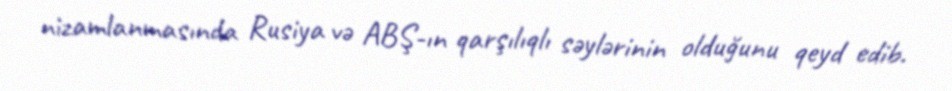
nizamlanmasında Rusiya və ABŞ-ın qarşılıqlı səylərinin olduğunu qeyd edib.